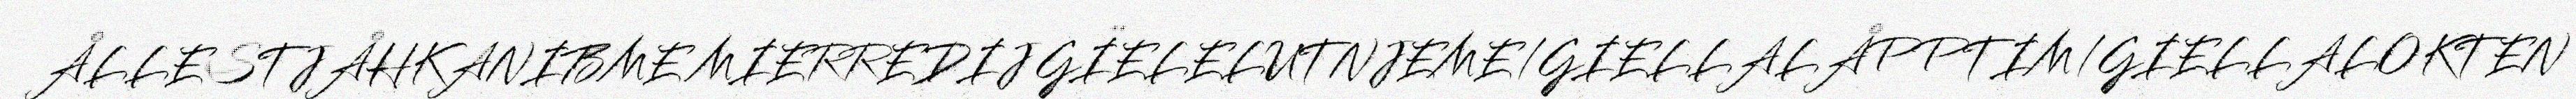
ÅLLESTJÅHKANIBME MIERREDIJ GÏELELUTNJEME/GIELLALÅPPTIM/GIELLALOKTEN